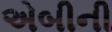
એબીની